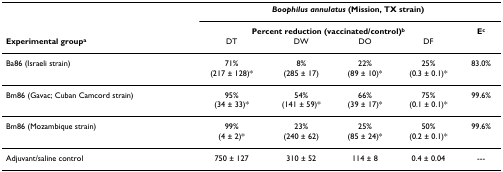
<table><thead><tr><td></td><td colspan="5"><b><i>Boophilus annulatus </i>(Mission, TX strain)</b></td></tr><tr><td></td><td colspan="4"><b>Percent reduction (vaccinated/control)<sup>b</sup></b></td><td><b>E<sup>c</sup></b></td></tr><tr><td><b>Experimental group<sup>a</sup></b></td><td><b>DT</b></td><td><b>DW</b></td><td><b>DO</b></td><td><b>DF</b></td><td></td></tr></thead><tbody><tr><td>Ba86 (Israeli strain)</td><td>71%(217 ± 128)*</td><td>8%(285 ± 17)</td><td>22%(89 ± 10)*</td><td>25%(0.3 ± 0.1)*</td><td>83.0%</td></tr><tr><td>Bm86 (Gavac; Cuban Camcord strain)</td><td>95%(34 ± 33)*</td><td>54%(141 ± 59)*</td><td>66%(39 ± 17)*</td><td>75%(0.1 ± 0.1)*</td><td>99.6%</td></tr><tr><td>Bm86 (Mozambique strain)</td><td>99%(4 ± 2)*</td><td>23%(240 ± 62)</td><td>25%(85 ± 24)*</td><td>50%(0.2 ± 0.1)*</td><td>99.6%</td></tr><tr><td>Adjuvant/saline control</td><td>750 ± 127</td><td>310 ± 52</td><td>114 ± 8</td><td>0.4 ± 0.04</td><td>---</td></tr></tbody></table>